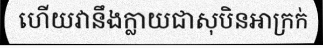
ហើយវានឹងក្លាយជាសុបិនអាក្រក់